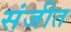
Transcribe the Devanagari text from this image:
संजीत